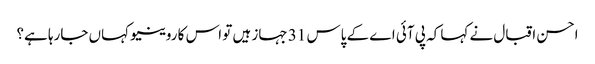
احسن اقبال نے کہا کہ پی آئی اے کے پاس 31 جہاز ہیں تو اس کا روینیو کہاں جارہا ہے؟